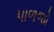
પાળજો